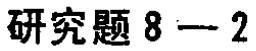
研究题 8 --- 2